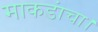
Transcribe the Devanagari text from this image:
माकडांचा।